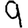
Digit: 9